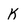
Character: K